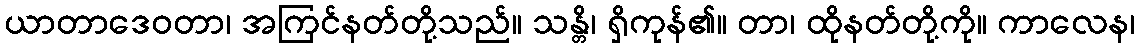
ယာတာဒေဝတာ၊ အကြင်နတ်တို့သည်။ သန္တိ၊ ရှိကုန်၏။ တာ၊ ထိုနတ်တို့ကို။ ကာလေန၊